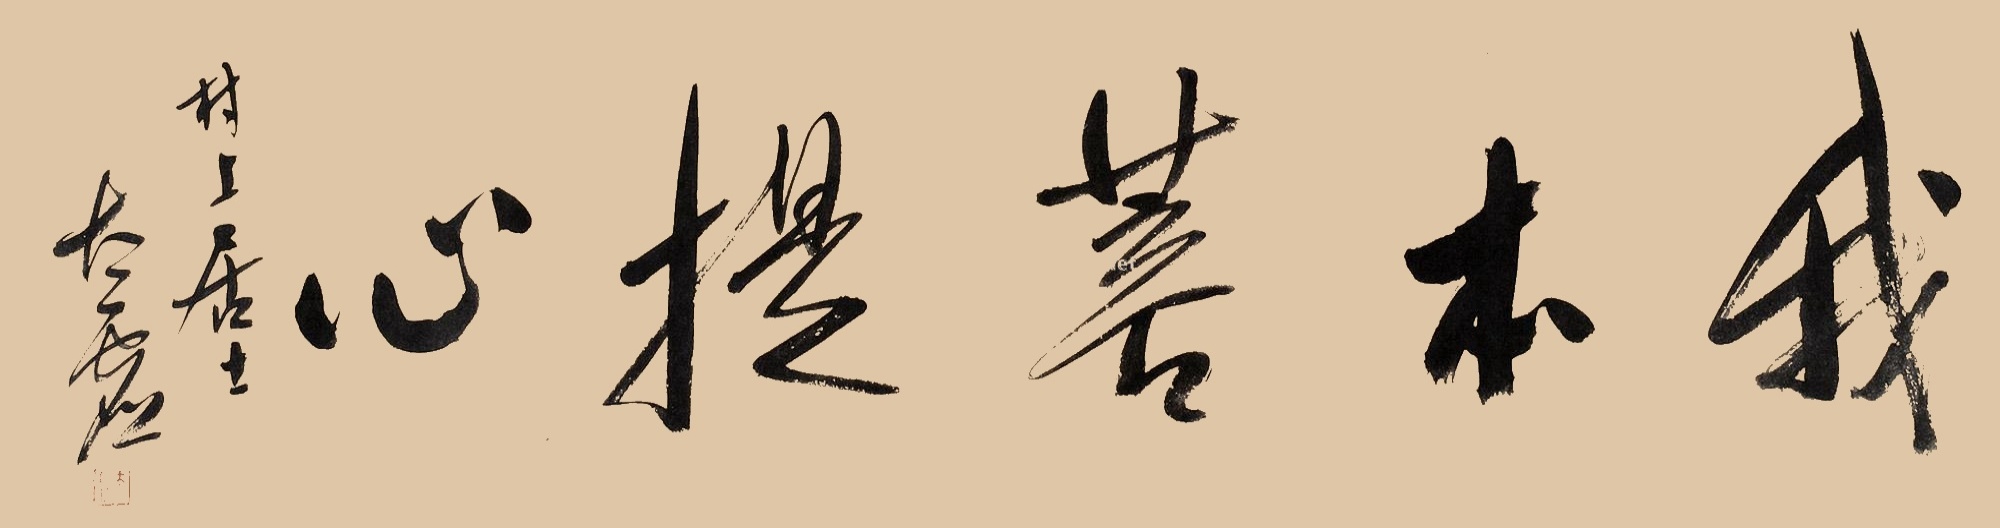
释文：我本菩提心。村上居士太虚。